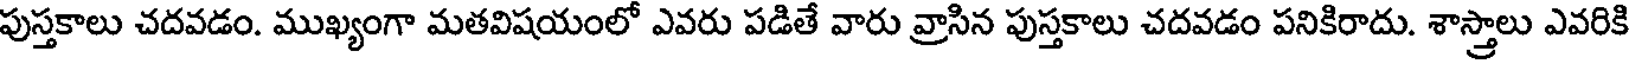
పుస్తకాలు చదవడం. ముఖ్యంగా మతవిషయంలో ఎవరు పడితే వారు వ్రాసిన పుస్తకాలు చదవడం పనికిరాదు. శాస్త్రాలు ఎవరికి